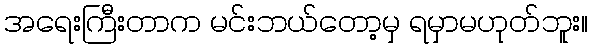
အရေးကြီးတာက မင်းဘယ်တော့မှ ရမှာမဟုတ်ဘူး။